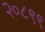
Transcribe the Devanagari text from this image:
२०८९९